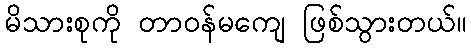
မိသားစုကို တာဝန်မကျေ ဖြစ်သွားတယ်။